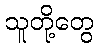
သူတို့တွေ